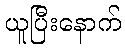
ယူပြီးနောက်